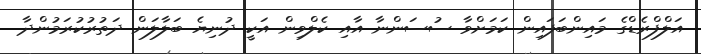
އަލްފްރެޑްގެ މައިންބަފައިން ކަމަށްވާ ސުސަންނާ އާއި ކެލްވިން އަކީ ދުނިޔެ ބަލާލަން ދަތުރުކުރަމުންދާ